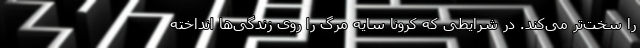
را سخت‌تر می‌کند. در شرایطی که کرونا سایه مرگ را روی زندگی‌ها انداخته